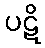
ပဋိ